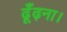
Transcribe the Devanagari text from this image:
ढूँढ़ना।